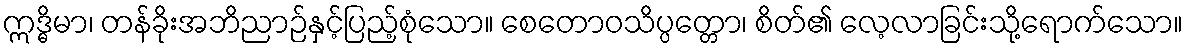
ဣဒ္ဓိမာ၊ တန်ခိုးအဘိညာဉ်နှင့်ပြည့်စုံသော။ စေတောဝသိပ္ပတ္တော၊ စိတ်၏ လေ့လာခြင်းသို့ရောက်သော။